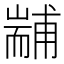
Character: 𦓞